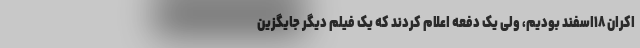
اکران ۱۸اسفند بودیم، ولی یک دفعه اعلام کردند که یک فیلم دیگر جایگزین